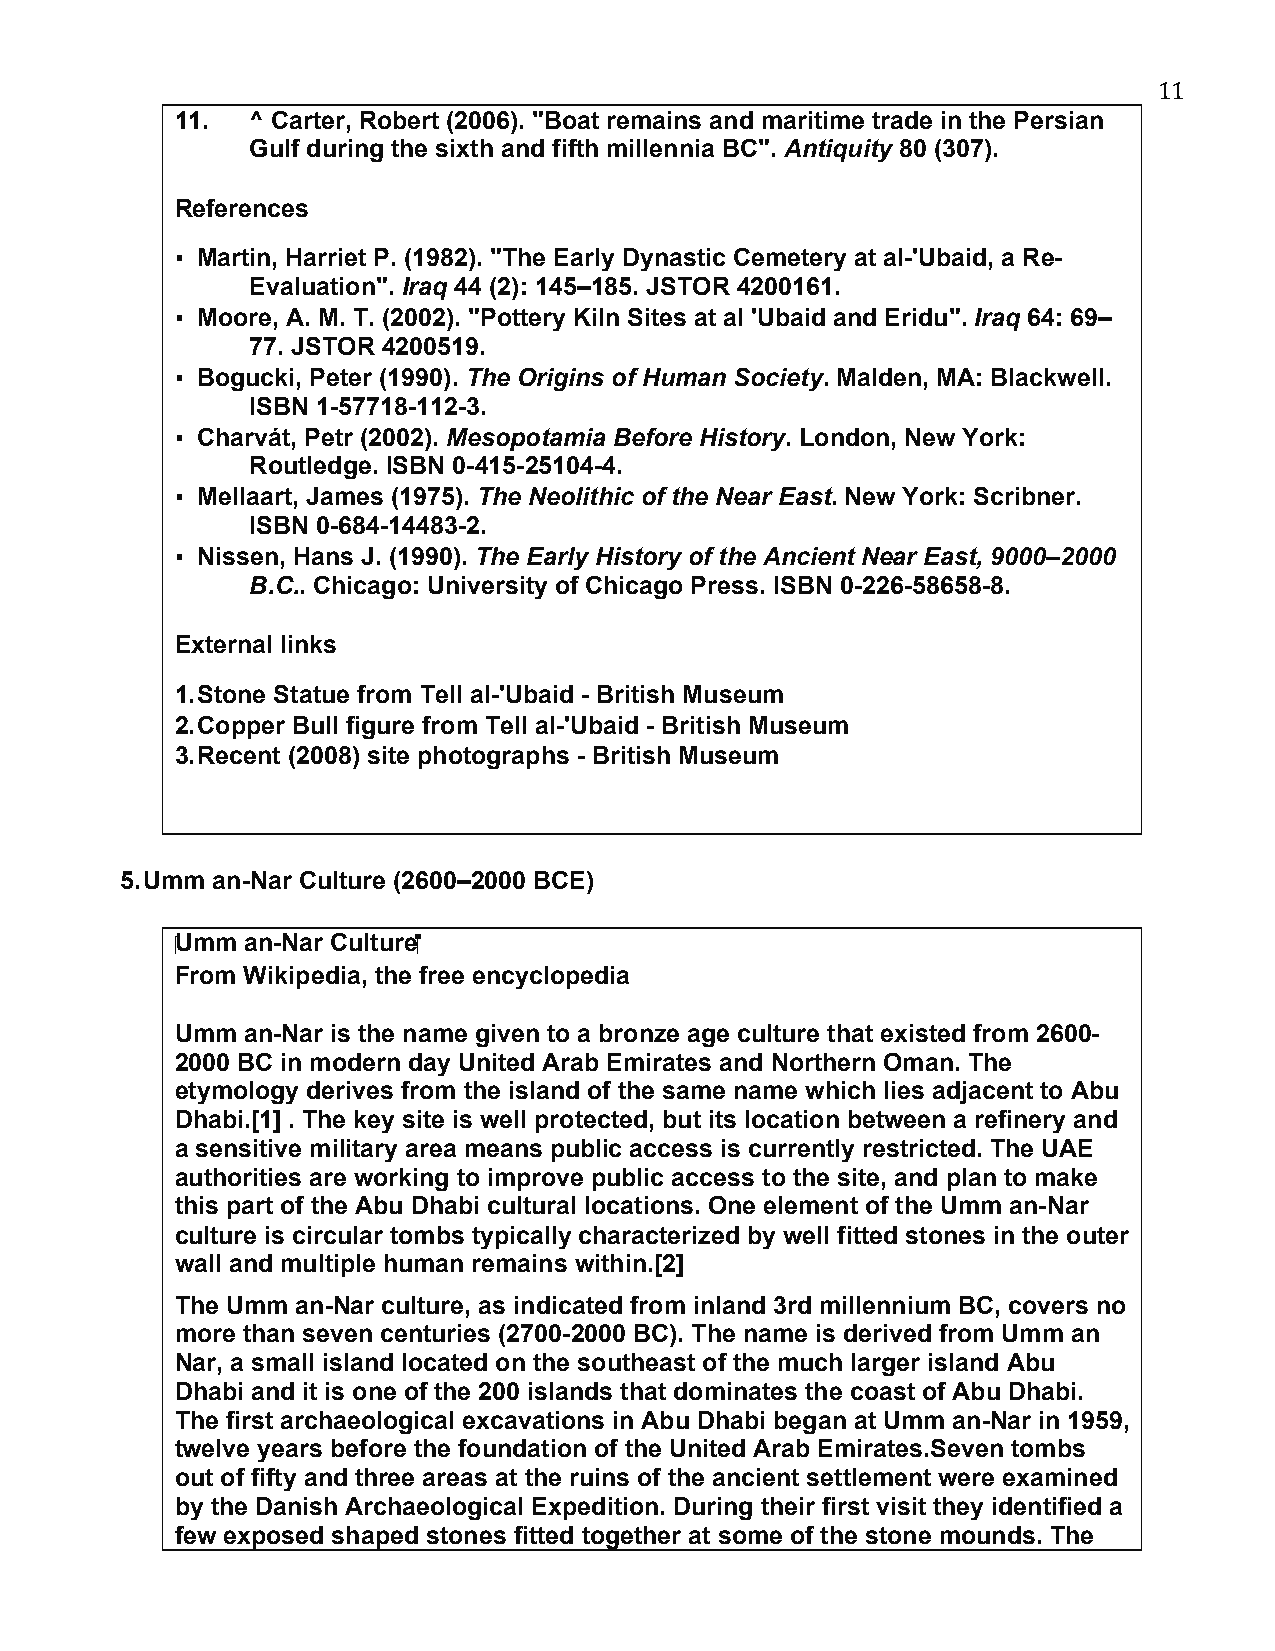
11
 11.  ^ Carter, Robert (2006). "Boat remains and maritime trade in the Persian
 Gulf during the sixth and fifth millennia BC". Antiquity 80 (307).
 References
 ▪ Martin, Harriet P. (1982). "The Early Dynastic Cemetery at al-'Ubaid, a Re-
 Evaluation". Iraq 44 (2): 145–185. JSTOR 4200161.
 ▪ Moore, A. M. T. (2002). "Pottery Kiln Sites at al 'Ubaid and Eridu". Iraq 64: 69–
 77. JSTOR 4200519.
 ▪ Bogucki, Peter (1990). The Origins of Human Society. Malden, MA: Blackwell.
 ISBN 1-57718-112-3.
 ▪ Charvát, Petr (2002). Mesopotamia Before History. London, New York:
 Routledge. ISBN 0-415-25104-4.
 ▪ Mellaart, James (1975). The Neolithic of the Near East. New York: Scribner.
 ISBN 0-684-14483-2.
 ▪ Nissen, Hans J. (1990). The Early History of the Ancient Near East, 9000–2000
 B.C.. Chicago: University of Chicago Press. ISBN 0-226-58658-8.
 External links
 1. Stone Statue from Tell al-'Ubaid - British Museum
 2. Copper Bull figure from Tell al-'Ubaid - British Museum
 3. Recent (2008) site photographs - British Museum
 5. Umm an-Nar Culture (2600–2000 BCE)
 ‪Umm an-Nar Culture ‬
 From Wikipedia, the free encyclopedia
 Umm an-Nar is the name given to a bronze age culture that existed from 2600-
 2000 BC in modern day United Arab Emirates and Northern Oman. The
 etymology derives from the island of the same name which lies adjacent to Abu
 Dhabi.[1] . The key site is well protected, but its location between a refinery and
 a sensitive military area means public access is currently restricted. The UAE
 authorities are working to improve public access to the site, and plan to make
 this part of the Abu Dhabi cultural locations. One element of the Umm an-Nar
 culture is circular tombs typically characterized by well fitted stones in the outer
 wall and multiple human remains within.[2]
 The Umm an-Nar culture, as indicated from inland 3rd millennium BC, covers no
 more than seven centuries (2700-2000 BC). The name is derived from Umm an
 Nar, a small island located on the southeast of the much larger island Abu
 Dhabi and it is one of the 200 islands that dominates the coast of Abu Dhabi.
 The first archaeological excavations in Abu Dhabi began at Umm an-Nar in 1959,
 twelve years before the foundation of the United Arab Emirates.Seven tombs
 out of fifty and three areas at the ruins of the ancient settlement were examined
 by the Danish Archaeological Expedition. During their first visit they identified a
 few exposed shaped stones fitted together at some of the stone mounds. The